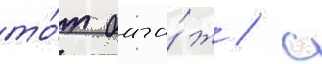
то́т бага́ж / с